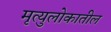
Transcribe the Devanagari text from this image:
मृत्युलोकातील